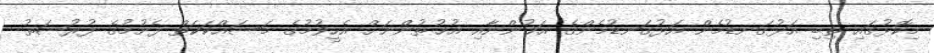
މިކޮޅުގައި ތިބި އަޅުގަނޑުމެން އަޅުގަނޑުމެންގެ އަޚުންނާއި އުޚުޠުންނަށް އެހީވުމުގެ މަސައްކަކަތް ފެށުމުގެ ފުރުޞަތު